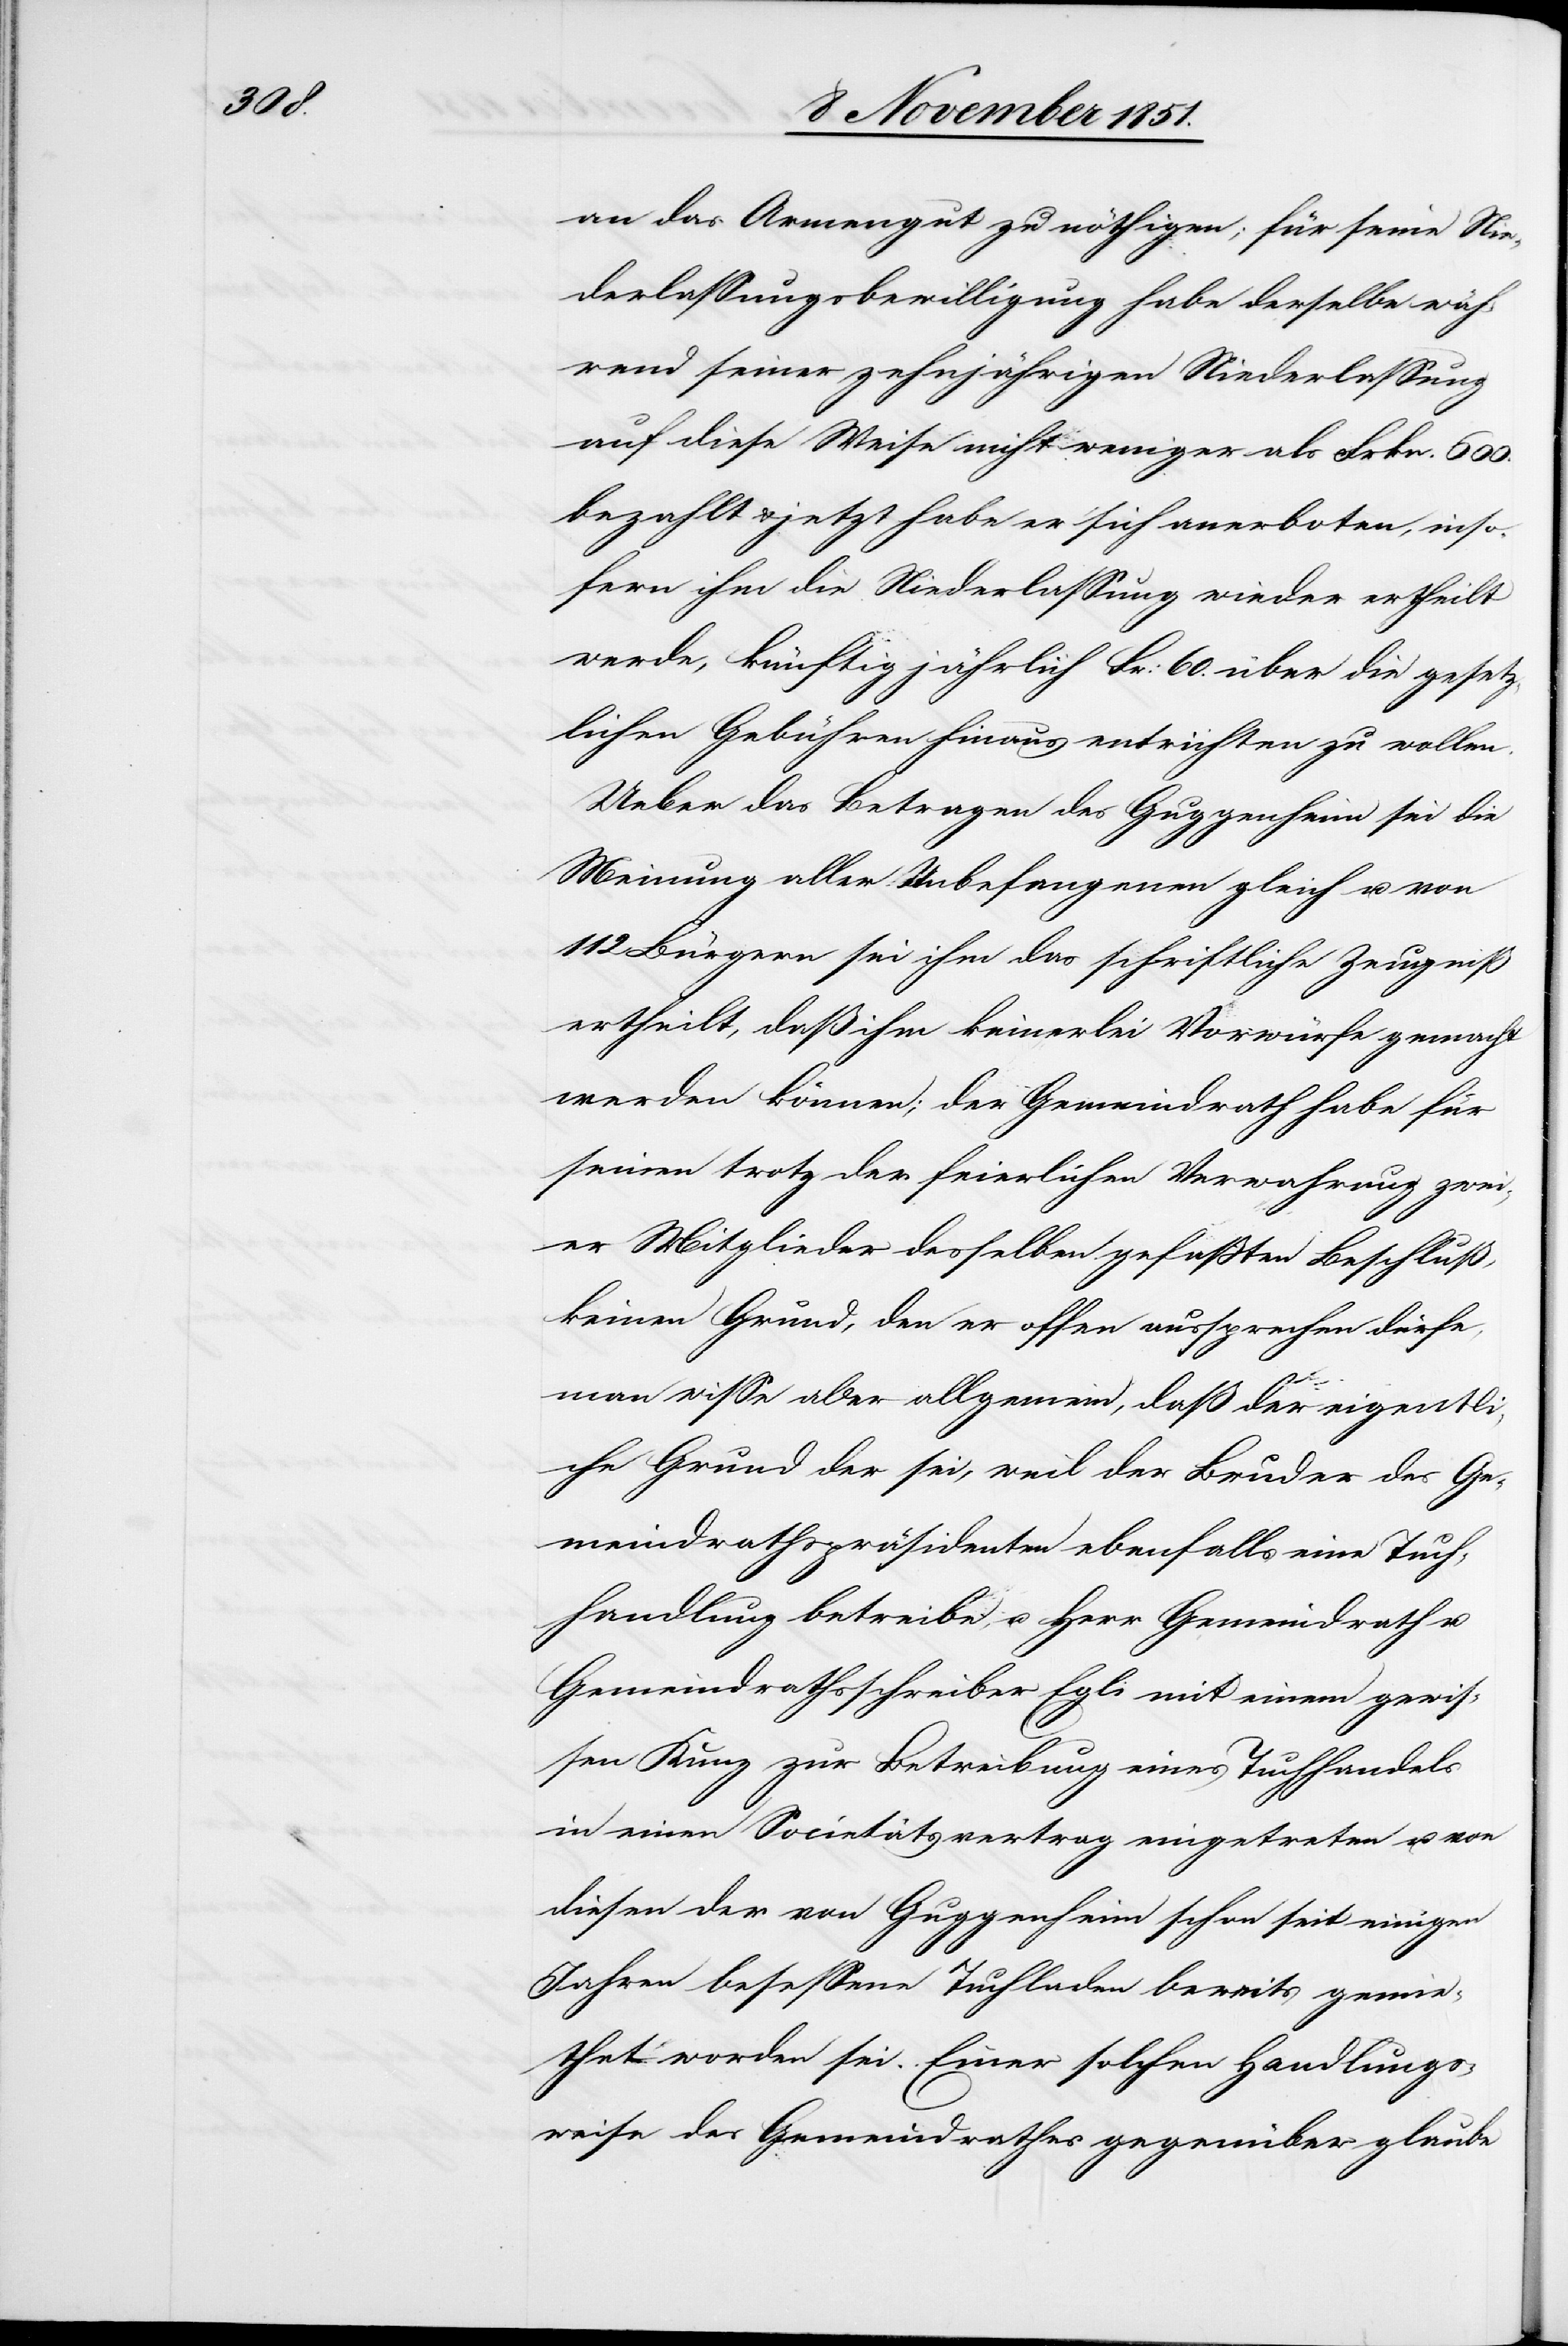
an das Armengut zu nöthigen; für seine Nie¬
derlassungsbewilligung habe derselbe wäh¬
rend seiner zehnjährigen Niederlassung
auf diese Weise nicht weniger als Frkn. 600.
bezahlt & jetzt habe er sich anerboten, inso¬
fern ihm die Niederlassung wieder ertheilt
werde, künftig jährlich Fr: 60. über die gesetz¬
lichen Gebühren hinaus entrichten zu wollen.
Ueber das Betragen des Guggenheim sei die
Meinung aller Unbefangenen gleich u. von
112 Bürgern sei ihm das schriftliche Zeugniß
ertheilt, daß ihm keinerlei Vorwürfe gemacht
werden können; der Gemeindrath habe für
seinen trotz der feierlichen Verwahrung zwei¬
er Mitglieder desselben gefaßten Beschluß,
keinen Grund, den er offen aussprechen dürfe,
man wisse aber allgemein, daß der eigentli¬
che Grund der sei, weil der Bruder des Ge¬
meindrathspräsidenten ebenfalls eine Tuch¬
handlung betreibe, u. Herr Gemeindrath u.
Gemeindrathsschreiber Egli mit einem gewis¬
sen Kunz zur Betreibung eines Tuchhandels
in einen Societätsvertrag eingetreten u. von
diesen der von Guggenheim schon seit einigen
Jahren besessene Tuchladen bereits gemie¬
thet worden sei. Einer solchen Handlungs¬
weise des Gemeindrathes gegenüber glaube